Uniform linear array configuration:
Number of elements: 24
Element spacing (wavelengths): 0.25
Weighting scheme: hann
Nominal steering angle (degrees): -15
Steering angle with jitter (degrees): -14.061
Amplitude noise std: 0.05
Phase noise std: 0.05

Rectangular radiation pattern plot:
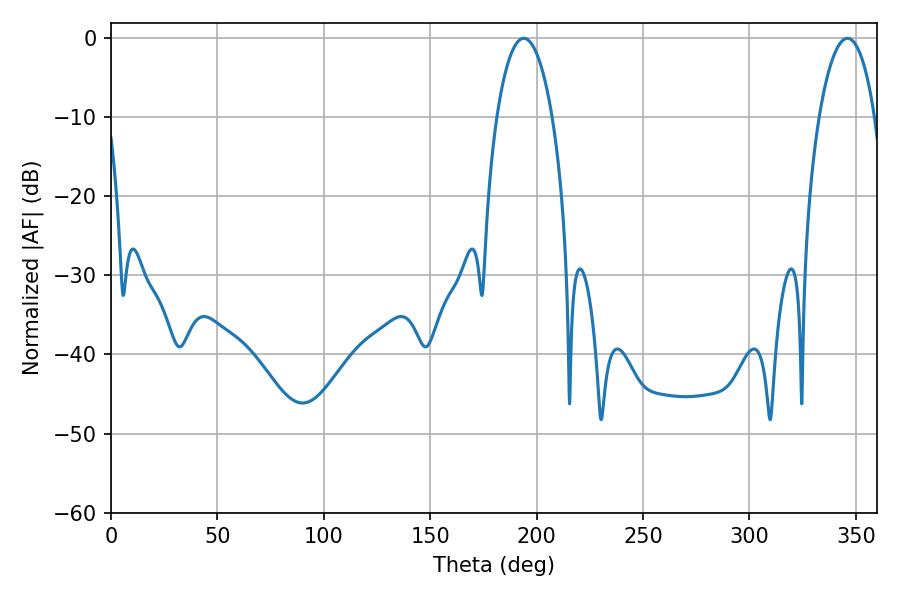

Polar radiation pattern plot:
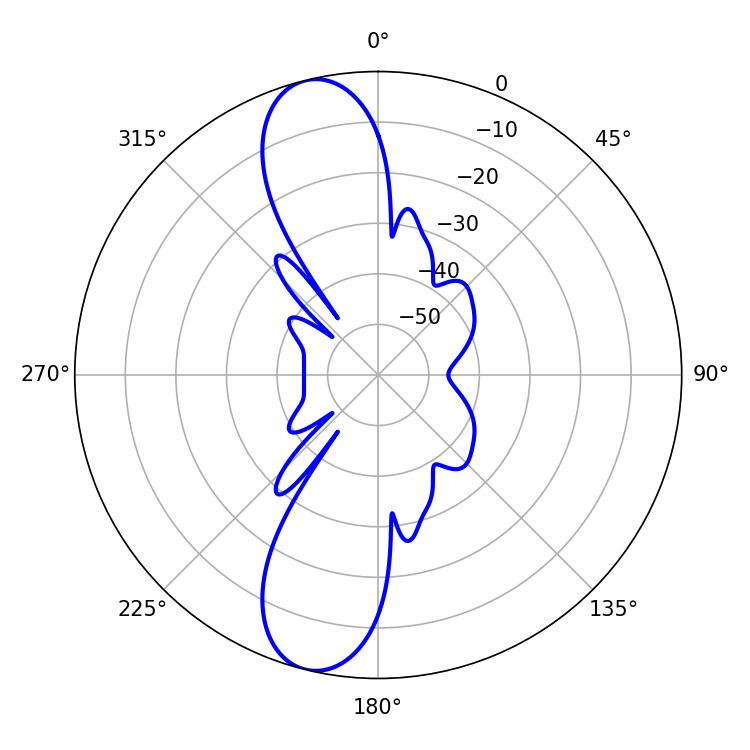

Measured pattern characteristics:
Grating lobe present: FALSE
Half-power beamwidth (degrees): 14.76
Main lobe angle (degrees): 194.04